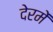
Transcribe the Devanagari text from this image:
देरमें